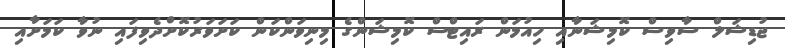
ޖުޑިޝަލް ސާވިސް ކޮމިޝަނާއި ހިއުމަން ރައިޓްސް ކޮމިޝަންގެ މިނިވަންކަން ކަށަވަރުކޮށްދެވިފައި ނުވާ ކަމަށާއި